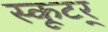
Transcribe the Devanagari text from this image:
स्कूटर्